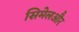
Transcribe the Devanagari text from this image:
सिमेलऔर